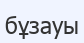
бұзауы